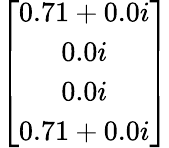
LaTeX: \left[\begin{array}{c}{0.71+0.0i}\\ {0.0i}\\ {0.0i}\\ {0.71+0.0i}\end{array}\right]